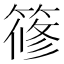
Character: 𥱤